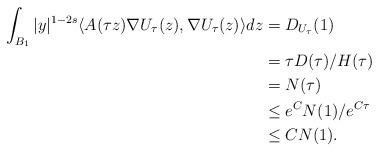
LaTeX: \begin{align*}\int_{B_1}|y|^{1-2s}\langle A(\tau z)\nabla U_\tau(z),\nabla U_\tau(z)\rangle dz&=D_{U_\tau}(1)\\&=\tau D(\tau)/H(\tau)\\&=N(\tau)\\&\le e^CN(1)/e^{C\tau}\\&\le CN(1).\end{align*}